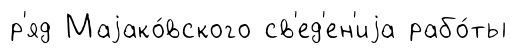
р'яд Маjако́вского св'ед'ен'иjа рабо́ты